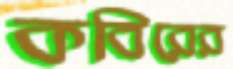
কবিরের